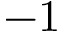
- 1